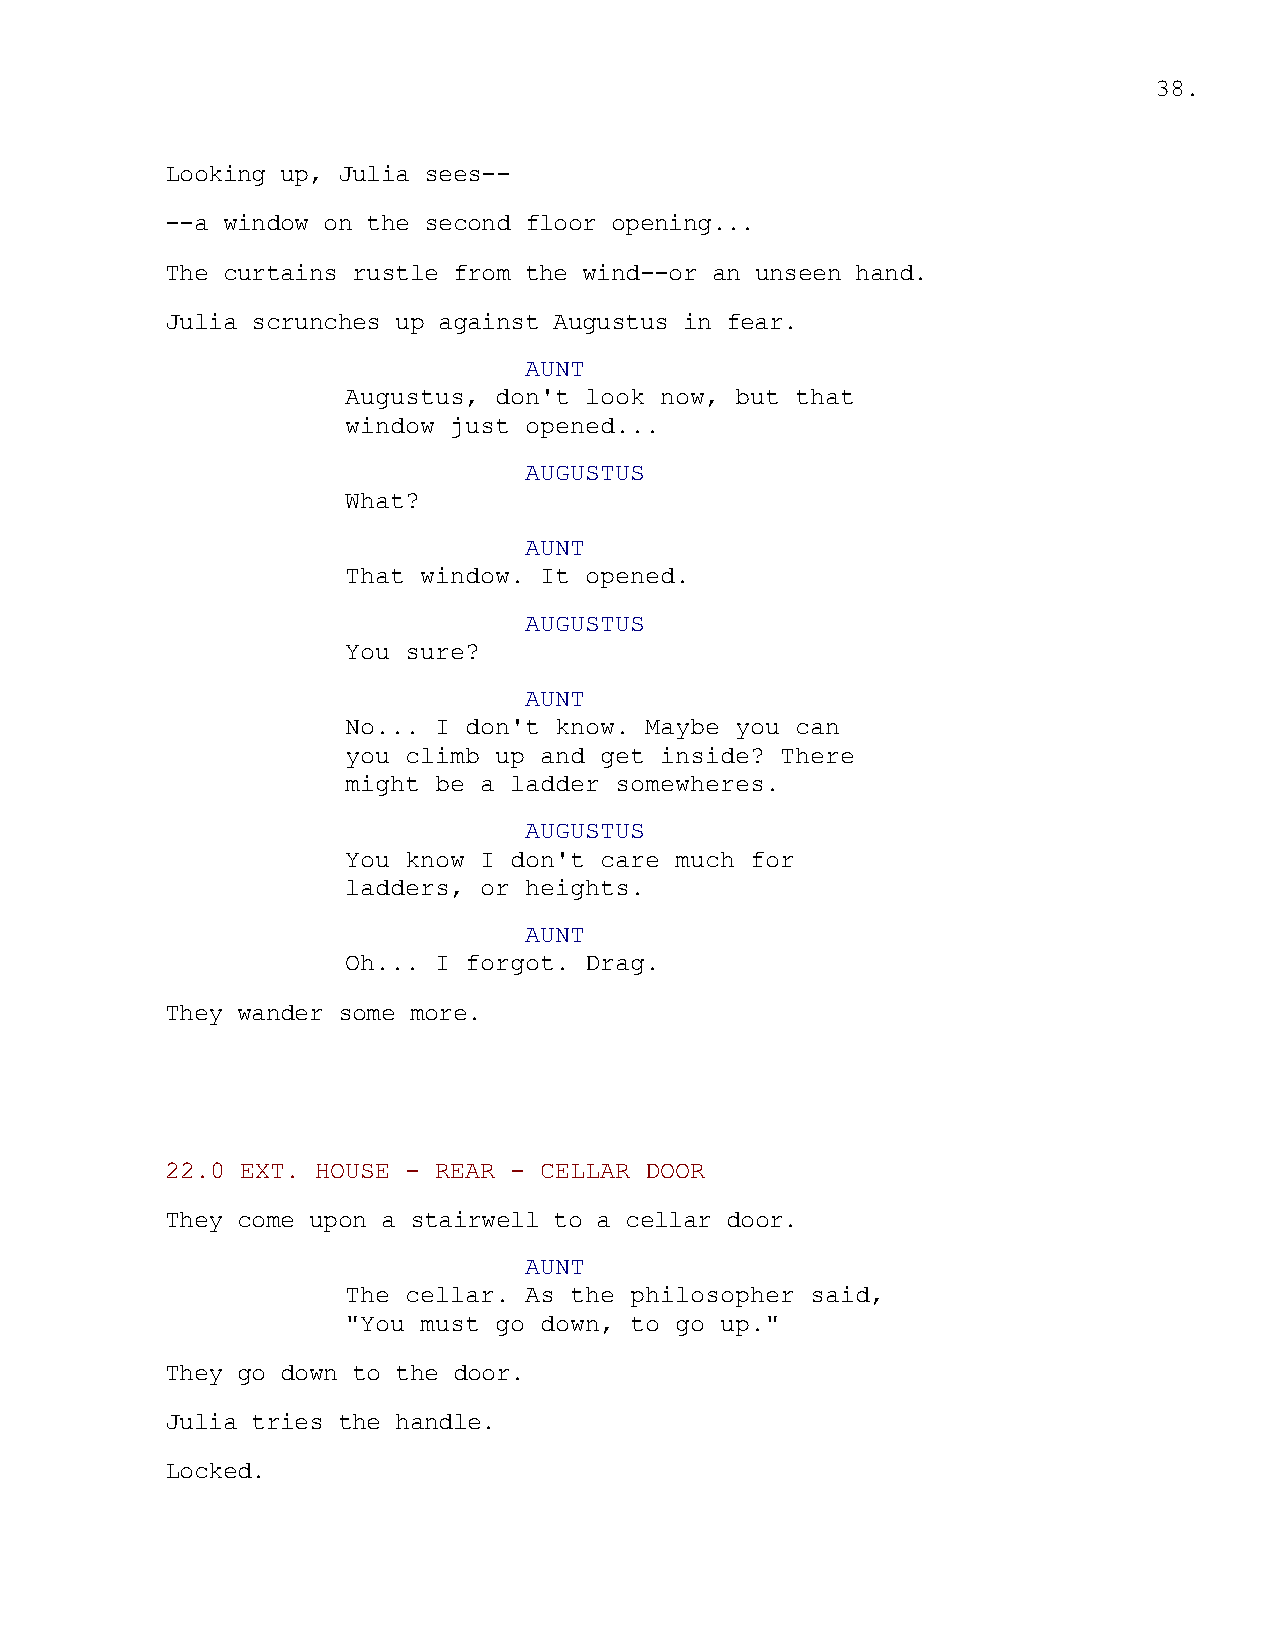
38.
 Looking up, Julia sees--
 --a window on the second floor opening...
 The curtains rustle from the wind--or an unseen hand.
 Julia scrunches up against Augustus in fear.
 AUNT
 Augustus, don't look now, but that
 window just opened...
 AUGUSTUS
 What?
 AUNT
 That window. It opened.
 AUGUSTUS
 You sure?
 AUNT
 No... I don't know. Maybe you can
 you climb up and get inside? There
 might be a ladder somewheres.
 AUGUSTUS
 You know I don't care much for
 ladders, or heights.
 AUNT
 Oh... I forgot. Drag.
 They wander some more.
 22.0 EXT. HOUSE - REAR - CELLAR DOOR
 They come upon a stairwell to a cellar door.
 AUNT
 The cellar. As the philosopher said,
 "You must go down, to go up."
 They go down to the door.
 Julia tries the handle.
 Locked.